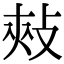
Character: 㪎